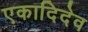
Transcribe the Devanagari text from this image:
एकादिदेव